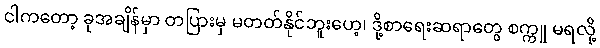
ငါကတော့ ခုအချိန်မှာ တပြားမှ မတတ်နိုင်ဘူးဟေ့၊ ဒို့စာရေးဆရာတွေ စက္ကူ မရလို့